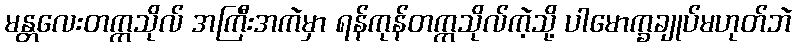
မန္တလေးတက္ကသိုလ် အကြီးအကဲမှာ ရန်ကုန်တက္ကသိုလ်ကဲ့သို့ ပါမောက္ခချုပ်မဟုတ်ဘဲ